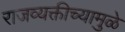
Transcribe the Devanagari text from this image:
राजव्यक्तीच्यामुळे